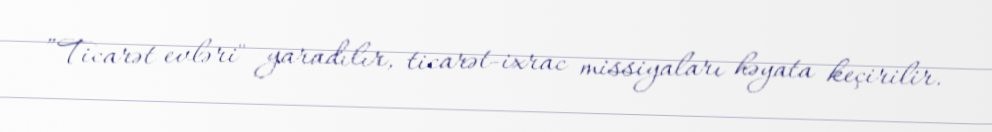
”Ticarət evləri" yaradılır, ticarət-ixrac missiyaları həyata keçirilir.